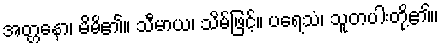
အတ္တနော၊ မိမိ၏။ သီမာယ၊ သိမ်ဖြင့်။ ပရေသံ၊ သူတပါးတို့၏။